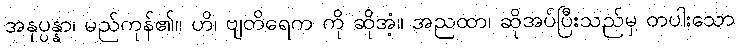
အနုပ္ပန္နာ၊ မည်ကုန်၏။ ဟိ၊ ဗျတိရေက ကို ဆိုအံ့။ အညထာ၊ ဆိုအပ်ပြီးသည်မှ တပါးသော